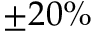
\pm 2 0 \%